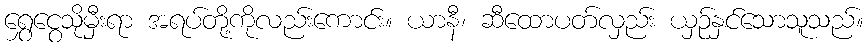
ရွှေငွေသိုမှီးရာ အရပ်တို့ကိုလည်းကောင်း။ ယာနီ၊ ဆီထောပတ်လှည်း ယှဉ်နှင်သောသူသည်။